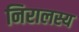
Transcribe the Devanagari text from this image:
निरालस्य